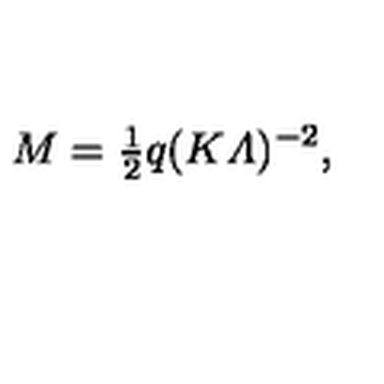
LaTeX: M = { \textstyle \frac { 1 } { 2 } } q ( K { \mit \Lambda } ) ^ { - 2 } ,